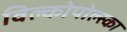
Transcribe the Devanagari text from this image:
विल्कोपोल्स्का